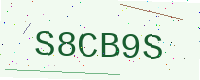
Text: S8CB9S